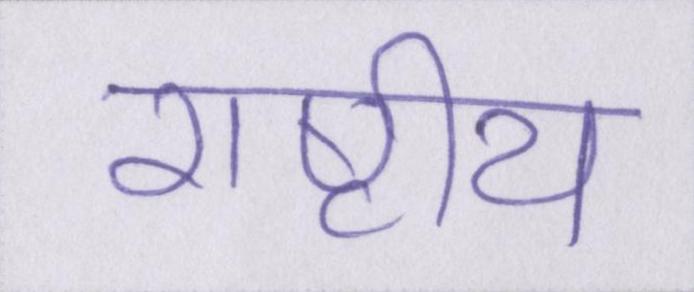
राष्टीय